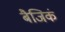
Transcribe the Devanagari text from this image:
बैजिकं